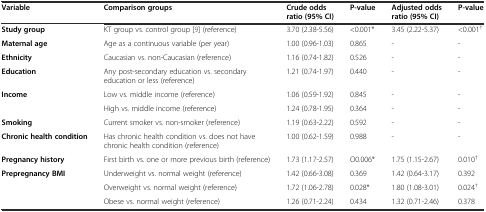
<table><thead><tr><td><b>Variable</b></td><td><b>Comparison groups</b></td><td><b>Crude odds ratio (95% CI)</b></td><td><b>P-value</b></td><td><b>Adjusted odds ratio (95% CI)</b></td><td><b>P-value</b></td></tr></thead><tbody><tr><td><b>Study group</b></td><td>KT group vs. control group [9] (reference)</td><td>3.70 (2.38-5.56)</td><td>&lt;0.001*</td><td>3.45 (2.22-5.37)</td><td>&lt;0.001<sup>†</sup></td></tr><tr><td><b>Maternal age</b></td><td>Age as a continuous variable (per year)</td><td>1.00 (0.96-1.03)</td><td>0.865</td><td>-</td><td>-</td></tr><tr><td><b>Ethnicity</b></td><td>Caucasian vs. non-Caucasian (reference)</td><td>1.16 (0.74-1.82)</td><td>0.526</td><td>-</td><td>-</td></tr><tr><td><b>Education</b></td><td>Any post-secondary education vs. secondary education or less (reference)</td><td>1.21 (0.74-1.97)</td><td>0.440</td><td>-</td><td>-</td></tr><tr><td rowspan="2"><b>Income</b></td><td>Low vs. middle income (reference)</td><td>1.06 (0.59-1.92)</td><td>0.845</td><td>-</td><td>-</td></tr><tr><td>High vs. middle income (reference)</td><td>1.24 (0.78-1.95)</td><td>0.364</td><td>-</td><td>-</td></tr><tr><td><b>Smoking</b></td><td>Current smoker vs. non-smoker (reference)</td><td>1.19 (0.63-2.22)</td><td>0.592</td><td>-</td><td>-</td></tr><tr><td><b>Chronic health condition</b></td><td>Has chronic health condition vs. does not have chronic health condition (reference)</td><td>1.00 (0.62-1.59)</td><td>0.988</td><td>-</td><td>-</td></tr><tr><td><b>Pregnancy history</b></td><td>First birth vs. one or more previous birth (reference)</td><td>1.73 (1.17-2.57)</td><td>O0.006*</td><td>1.75 (1.15-2.67)</td><td>0.010<sup>†</sup></td></tr><tr><td rowspan="3"><b>Prepregnancy BMI</b></td><td>Underweight vs. normal weight (reference)</td><td>1.42 (0.66-3.08)</td><td>0.369</td><td>1.42 (0.64-3.17)</td><td>0.392</td></tr><tr><td>Overweight vs. normal weight (reference)</td><td>1.72 (1.06-2.78)</td><td>0.028*</td><td>1.80 (1.08-3.01)</td><td>0.024<sup>†</sup></td></tr><tr><td>Obese vs. normal weight (reference)</td><td>1.26 (0.71-2.24)</td><td>0.434</td><td>1.32 (0.71-2.46)</td><td>0.378</td></tr></tbody></table>